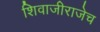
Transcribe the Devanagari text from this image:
शिवाजीराजेच